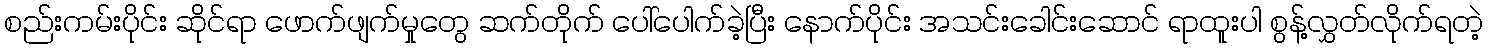
စည်းကမ်းပိုင်း ဆိုင်ရာ ဖောက်ဖျက်မှုတွေ ဆက်တိုက် ပေါ်ပေါက်ခဲ့ပြီး နောက်ပိုင်း အသင်းခေါင်းဆောင် ရာထူးပါ စွန့်လွှတ်လိုက်ရတဲ့